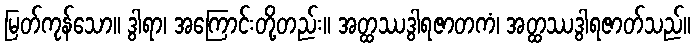
မြတ်ကုန်သော။ ဒွါရာ၊ အကြောင်းတို့တည်း။ အတ္ထဿဒွါရဇာတကံ၊ အတ္ထဿဒွါရဇာတ်သည်။